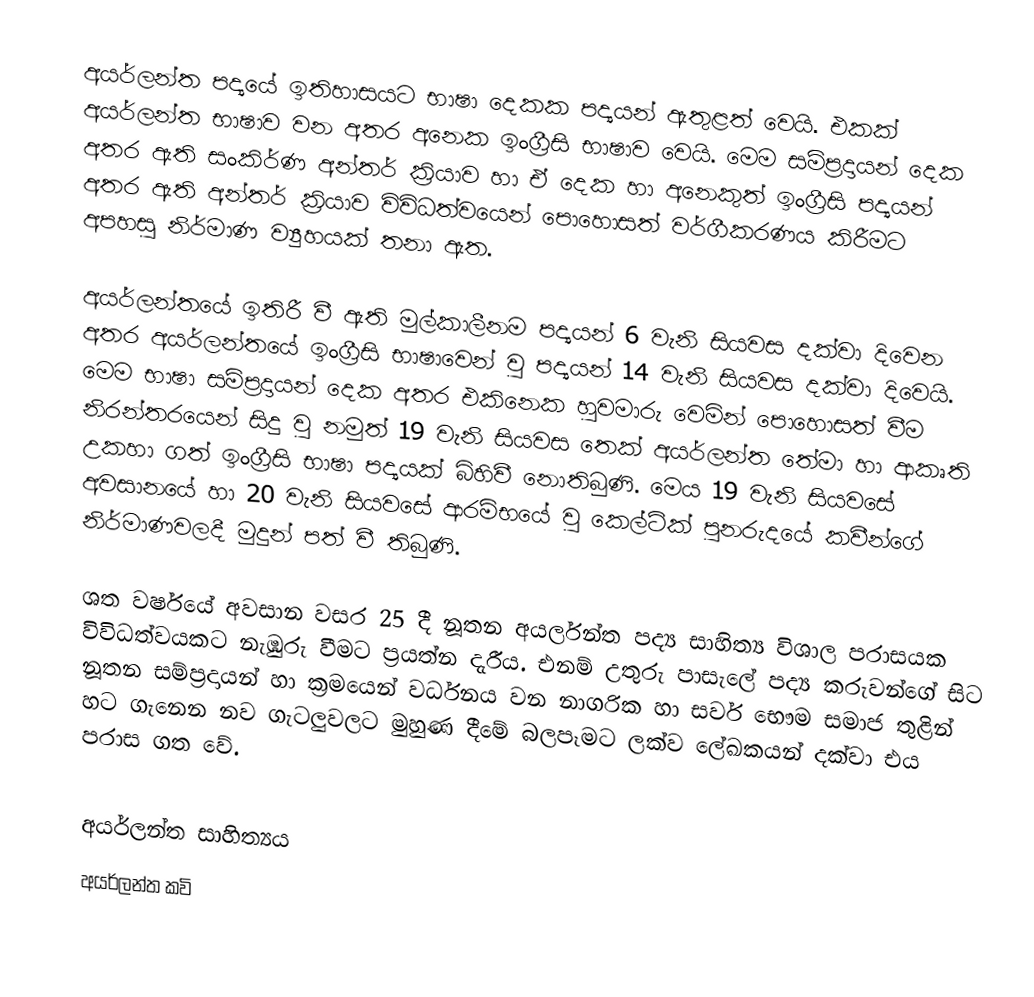
අයර්ලන්ත පද්‍යයේ ඉතිහාසයට භාෂා දෙකක පද්‍යයන් ඇතුළත් වෙයි. එකක් අයර්ලන්ත භාෂාව වන අතර අනෙක ඉංග්‍රීසි භාෂාව වෙයි. මෙම සම්ප්‍රදායන් දෙක අතර ඇති සංකිර්ණ අන්තර් ක්‍රියාව හා ඒ දෙක හා අනෙකුත් ඉංග්‍රීසි පද්‍යයන් අතර ඇති අන්තර් ක්‍රියාව විවිධත්වයෙන් පොහොසත් වර්ගීකරණය කිරීමට අපහසු නිර්මාණ ව්‍යුහයක් තනා ඇත.

අයර්ලන්තයේ ඉතිරී වී ඇති මුල්කාලීනම පද්‍යයන් 6 වැනි සියවස දක්වා දිවෙන අතර අයර්ලන්තයේ ඉංග්‍රීසි භාෂාවෙන් වු පද්‍යයන් 14 වැනි සියවස දක්වා දිවෙයි. මෙම භාෂා සම්ප්‍රදායන් දෙක අතර එකිනෙක හුවමාරු වෙමින් පොහොසත් වීම නිරන්තරයෙන් සිදු වු නමුත් 19 වැනි සියවස තෙක් අයර්ලන්ත තේමා හා ආකෘති උකහා ගත් ඉංග්‍රීසි භාෂා පද්‍යයක් බිහිවී නොතිබුණි. මෙය 19 වැනි සියවසේ අවසානයේ හා 20 වැනි සියවසේ ආරම්භයේ වු කෙල්ටික් පුනරුදයේ කවීන්ගේ නිර්මාණවලදී මුදුන් පත් වී තිබුණි.

ශත වර්ෂයේ අවසාන වසර 25 දී නූතන අයර්ලන්ත පද්‍ය සාහිත්‍ය විශාල පරාසයක විවිධත්වයකට නැඹුරු වීමට ප්‍රයත්න දැරීය. එනම් උතුරු පාසැලේ පද්‍ය කරුවන්ගේ සිට නූතන සම්ප්‍රදායන් හා ක්‍රමයෙන් වර්ධනය වන නාගරික හා සර්ව භෞම සමාජ තුළින් හට ගැනෙන නව ගැටලුවලට මුහුණ දීමේ බලපෑමට ලක්ව ලේඛකයන් දක්වා එය පරාස ගත වේ.

අයර්ලන්ත සාහිත්‍යය
අයර්ලන්ත කවි